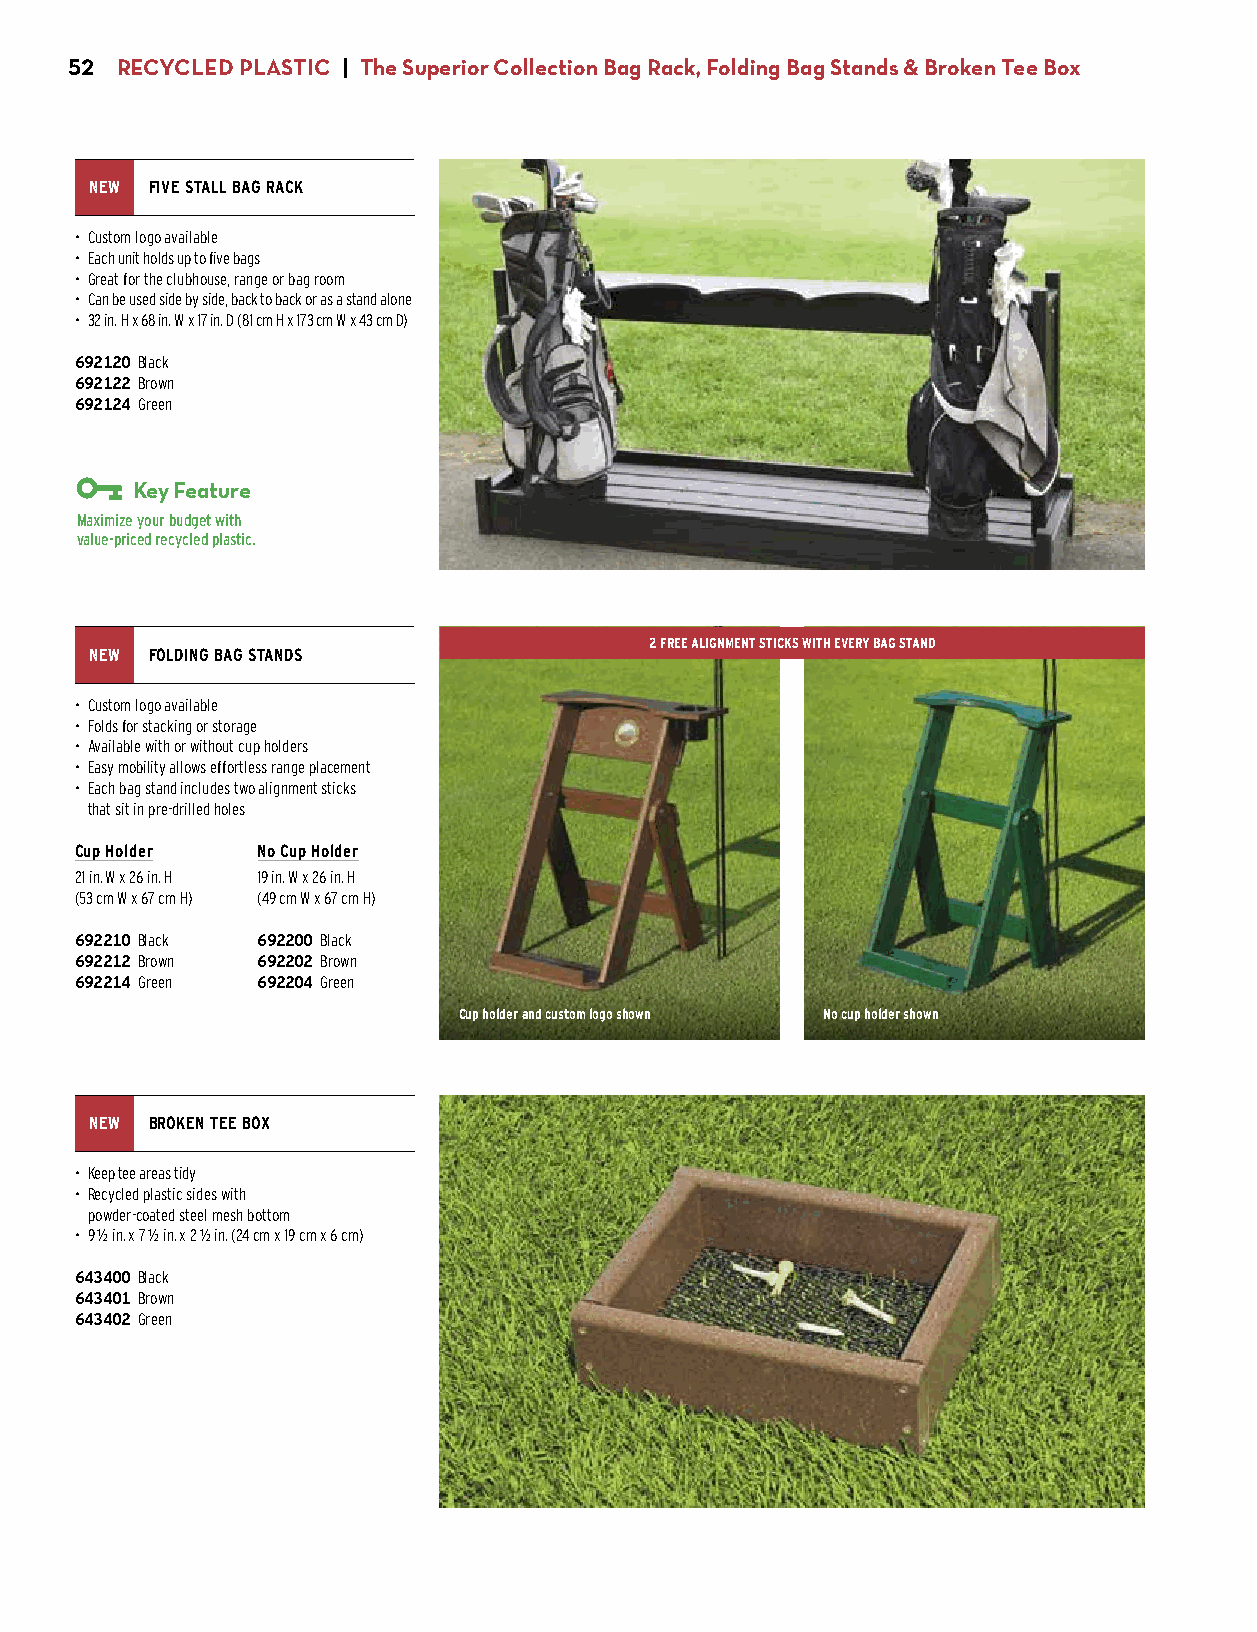
52  RECYCLED PLASTIC | The Superior Collection Bag Rack, Folding Bag Stands & Broken Tee Box
 NEW FIVE STALL BAG RACK
 • Custom logo available
 • Each unit holds up to five bags
 • Great for the clubhouse, range or bag room
 • Can be used side by side, back to back or as a stand alone
 • 32 in. H x 68 in. W x 17 in. D (81 cm H x 173 cm W x 43 cm D)
 692120 Black
 692122 Brown
 692124 Green
 $525.00
 Key Feature
 Maximize your budget with
 value-priced recycled plastic.
 2 FREE ALIGNMENT STICKS WITH EVERY BAG STAND
 NEW FOLDING BAG STANDS
 • Custom logo available
 • Folds for stacking or storage
 • Available with or without cup holders
 • Easy mobility allows effortless range placement
 • Each bag stand includes two alignment sticks
 that sit in pre-drilled holes
 Cup Holder  No Cup Holder
 21 in. W x 26 in. H 19 in. W x 26 in. H
 (53 cm W x 67 cm H) (49 cm W x 67 cm H)
 692210 Black 692200 Black
 692212 Brown 692202 Brown
 692214 Green 692204 Green
 $117.00     $110.00
 Cup holder and custom logo shown No cup holder shown
 NEW BROKEN TEE BOX
 • Keep tee areas tidy
 • Recycled plastic sides with
 powder-coated steel mesh bottom
 • 9 1/2 in. x 7 1/2 in. x 2 1/2 in. (24 cm x 19 cm x 6 cm)
 643400 Black
 643401 Brown
 643402 Green
 $26.00